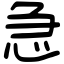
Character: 急